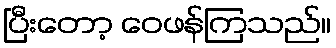
ပြီးတော့ ဝေဖန်ကြသည်။